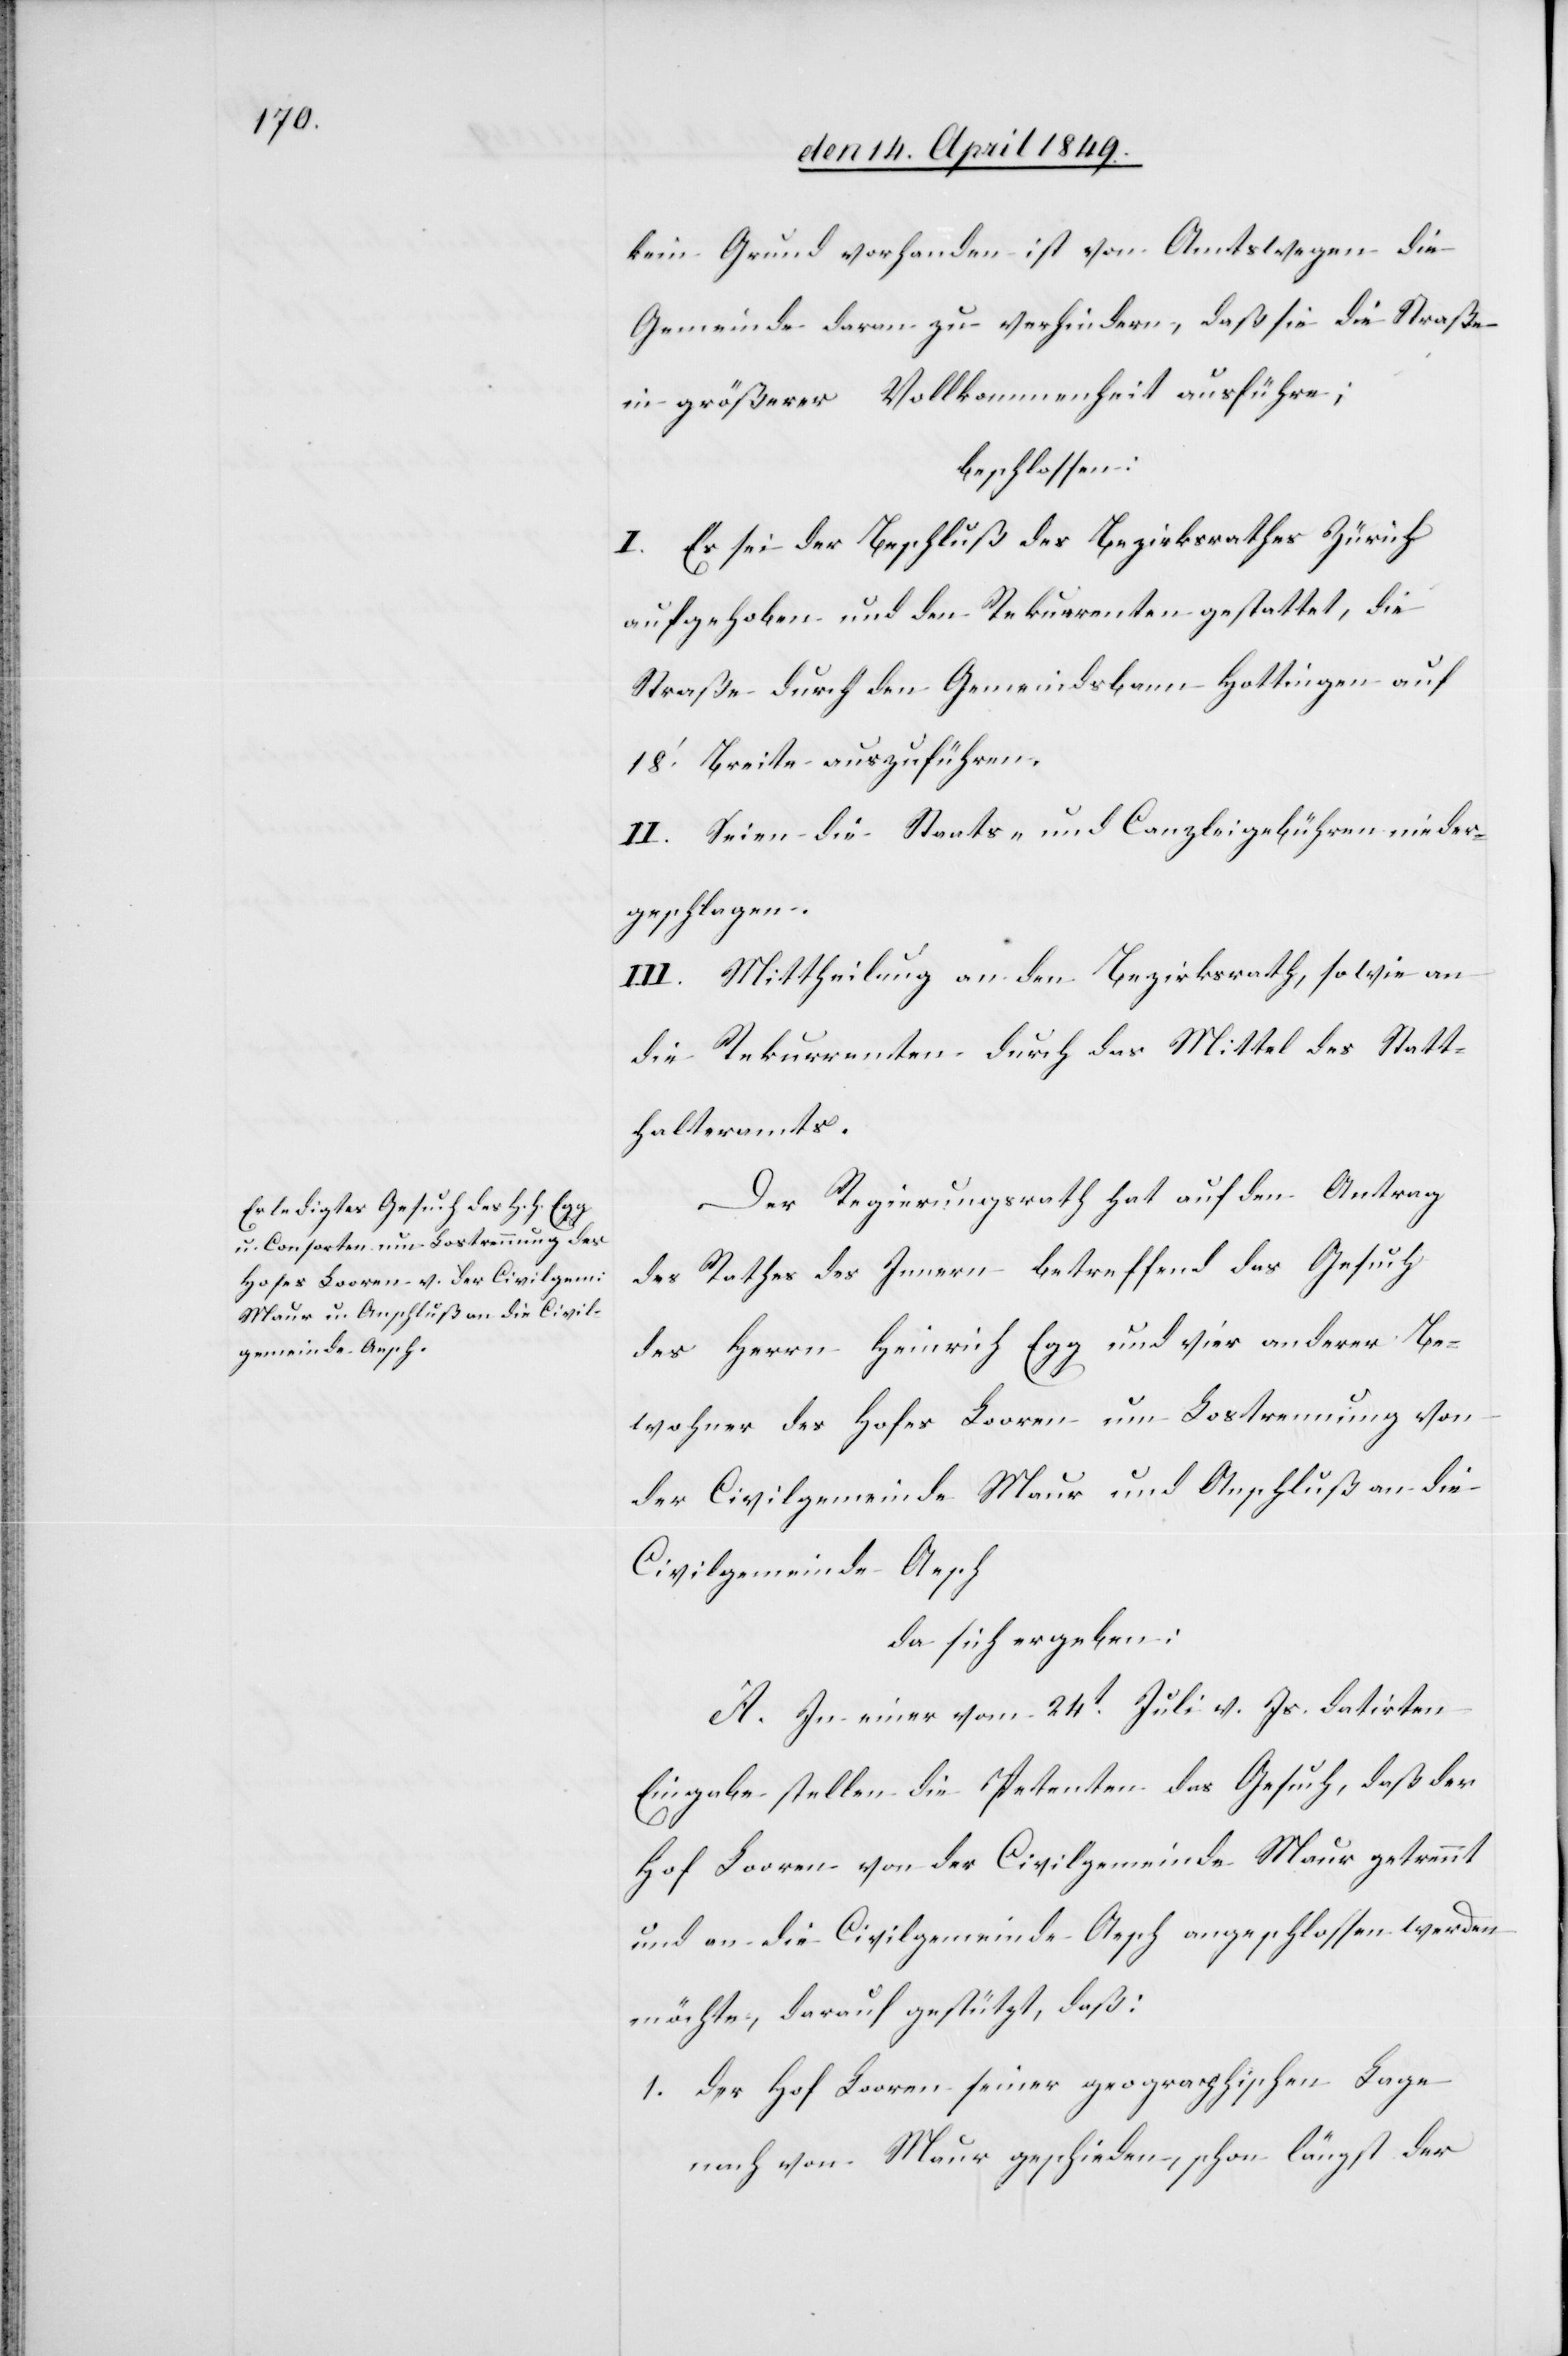
kein Grund vorhanden ist von Amtswegen die
Gemeinde daran zu verhindern, daß sie die Straße
in größerer Vollkommenheit ausführe;
beschlossen:
I. Es sei der Beschluß des Bezirksrathes Zürich
aufgehoben und den Rekurrenten gestattet, die
Straße durch den Gemeindsbann Hottingen auf
18‘. Breite auszuführen.
II. Seien die Staats- und Canzleigebühren nieder¬
geschlagen.
III. Mittheilung an den Bezirksrath, sowie an
die Rekurrenten durch das Mittel des Statt¬
halteramts.
Der Regierungsrath hat auf den Antrag
des Rathes des Innern betreffend das Gesuch
des Herrn Heinrich Egg und vier anderer Be¬
wohner des Hofes Looren um Lostrennung von
der Civilgemeinde Maur und Anschluß an die
Civilgemeinde Aesch
da sich ergeben:
A. In einer vom 24t Juli v. Js. datirten
Eingabe stellen die Petenten das Gesuch, daß der
Hof Looren von der Civilgemeinde Maur getrennt
und an die Civilgemeinde Aesch angeschlossen werden
möchte, darauf gestützt, daß:
1. der Hof Looren seiner geographischen Lage
nach von Maur geschieden schon längst der